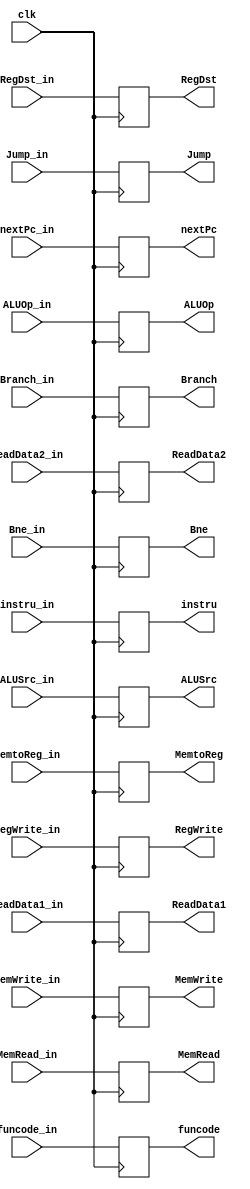
module pr_id_ex(
  input clk,
  // this can be modified to one 11-bit control signal, but I'm running out of time...
  input RegDst_in, // EX
  input Jump_in, // MEM
  input Branch_in, // MEM
  input Bne_in, // MEM
  input MemRead_in, // MEM
  input MemtoReg_in, // WB
  input [1:0] ALUOp_in, // EX
  input MemWrite_in, // MEM 
  input ALUSrc_in, // EX
  input RegWrite_in, // WB
  output reg RegDst,
  output reg Jump,
  output reg Branch,
  output reg Bne, // 1 indicates bne
  output reg MemRead,
  output reg MemtoReg,
  output reg [1:0] ALUOp,
  output reg MemWrite,
  output reg ALUSrc,
  output reg RegWrite,

  input [31:0] nextPc_in, // from pc
  output reg [31:0] nextPc,
  input [31:0] ReadData1_in, // from reg
  input [31:0] ReadData2_in, 
  input [5:0] funcode_in,
  output reg [31:0] ReadData1,
  output reg [31:0] ReadData2,
  output reg [5:0] funcode,
  input [31:0] instru_in, // raw instruction from IF/ID-reg
  output reg [31:0] instru
);

  initial begin
    RegDst = 0;
    Jump = 0;
    Branch = 0;
    Bne = 0;
    MemRead = 0;
    MemtoReg = 0;
    ALUOp = 2'b00;
    MemWrite = 0;
    ALUSrc = 0;
    RegWrite = 0;
  end

  always @(posedge clk) begin
    RegDst = RegDst_in;
    Jump = Jump_in;
    Branch = Branch_in;
    Bne = Bne_in;
    MemRead = MemRead_in;
    MemtoReg = MemtoReg_in;
    ALUOp = ALUOp_in;
    MemWrite = MemWrite_in;
    ALUSrc = ALUSrc_in;
    RegWrite = RegWrite_in;

    nextPc = nextPc_in;
    ReadData1 = ReadData1_in;
    ReadData2 = ReadData2_in;
    funcode = funcode_in;
    instru = instru_in;
    // $display("funcode @ id/ex: 0x%H",funcode);
  end

endmodule